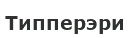
Типперэри